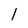
Character: l